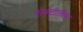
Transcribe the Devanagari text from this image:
सेक्टीलीस